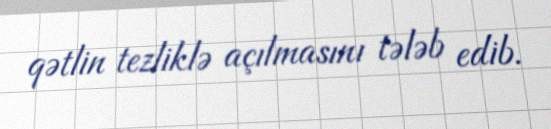
qətlin tezliklə açılmasını tələb edib.